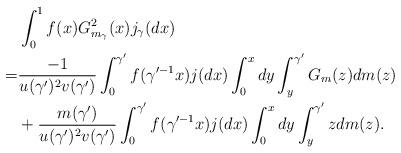
LaTeX: \begin{align*} &\int_{0}^{1}f(x)G^2_{m_\gamma}(x)j_\gamma(dx) \\ =& \frac{-1}{u(\gamma')^2v(\gamma')}\int_{0}^{\gamma'}f(\gamma'^{-1}x)j(dx) \int_{0}^{x}dy\int_{y}^{\gamma'}G_m(z)dm(z) \\ &+ \frac{m(\gamma')}{u(\gamma')^2v(\gamma')} \int_{0}^{\gamma'}f(\gamma'^{-1}x)j(dx)\int_{0}^{x}dy\int_{y}^{\gamma'}zdm(z) . \end{align*}